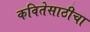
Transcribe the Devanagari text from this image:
कवितेसाठीचा